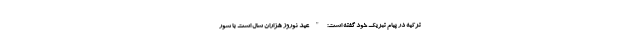
ترکیه در پیام تبریک خود گفته است: "عید نوروز هزاران سال است با شور